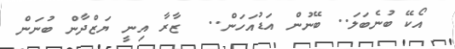
އޯކޭ ބުނެބަލަ.. ބޭނުން އަޑުއަހަން..  ޒާރާ އިނީ ޔަޒްދާން ބުނަން